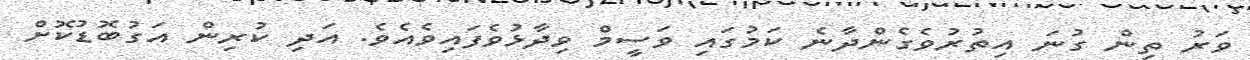
ވަރު ތިން ގުނަ އިތުރުވެގެންދާނެ ކަމުގައި ވަސީމް ވިދާޅުވެފައިވެއެވެ. އަދި ކުރިން އަގުބޮޑުކޮށް